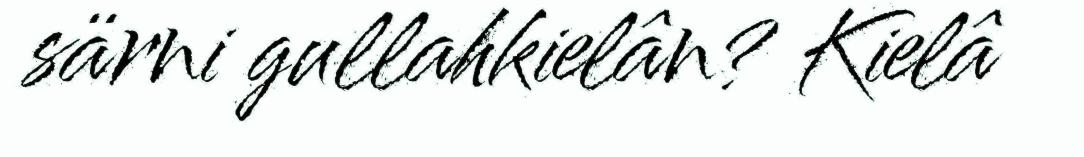
särni gullahkielân? Kielâ